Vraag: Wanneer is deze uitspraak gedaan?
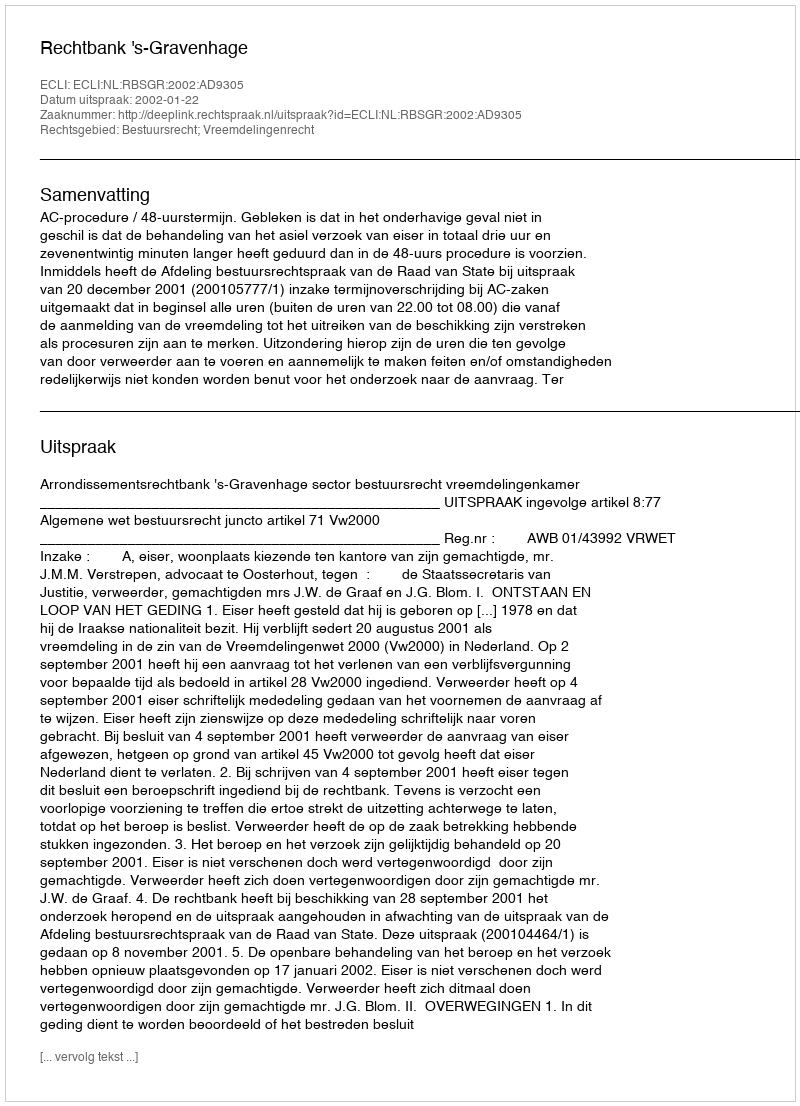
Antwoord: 2002-01-22